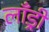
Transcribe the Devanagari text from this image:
लाँड्री